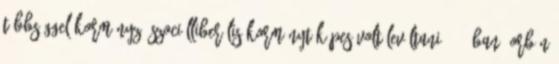
többséggel kormányzó szociálliberális kormányt képes volt leváltani 1998-ban. Orbán